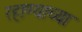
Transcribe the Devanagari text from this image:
रहाण्याच्या